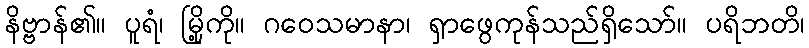
နိဗ္ဗာန်၏။ ပူရံ၊ မြို့ကို။ ဂဝေသမာနာ၊ ရှာဖွေကုန်သည်ရှိသော်။ ပရိဘတိ၊